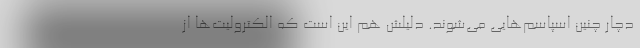
دچار چنین اسپاسم‌هایی می‌شوند. دلیلش هم این است که الکترولیت‌ها از